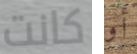
كانت أو